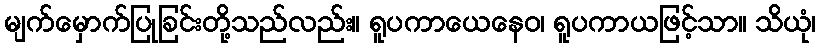
မျက်မှောက်ပြုခြင်းတို့သည်လည်း။ ရူပကာယေနေဝ၊ ရူပကာယဖြင့်သာ။ သိယုံ၊